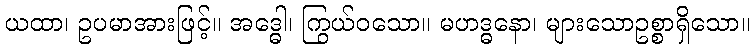
ယထာ၊ ဥပမာအားဖြင့်။ အဒ္ဓေါ၊ ကြွယ်ဝသော။ မဟဒ္ဓနော၊ များသောဥစ္စာရှိသော။